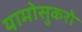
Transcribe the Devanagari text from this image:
यामोसुकरो